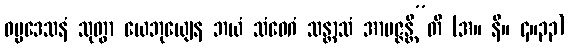
ဓမ္မဒေသနံ သုတွာ ယေဘုယျေန ဘယံ သံဝေဂံ သန္တာသံ အာပဇ္ဇန္တီ”တိ (အ။ နိ။ ၄။၃၃)